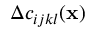
\Delta c _ { i j k l } ( { \bf x } )